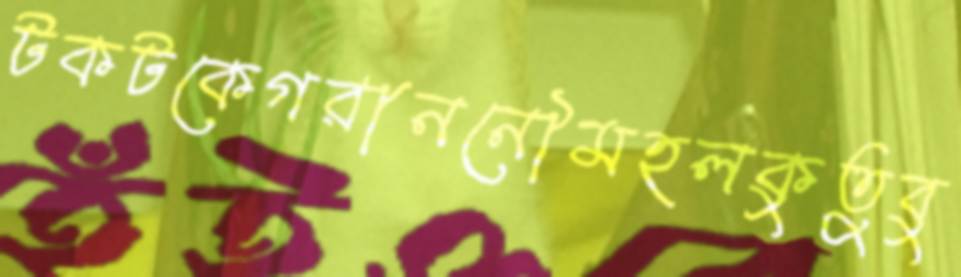
টকটকেগরাননৌমহলকুতুবু